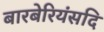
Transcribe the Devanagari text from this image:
बारबेरियंसदि